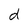
Character: d